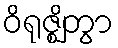
ဝိရုဇ္ဈိတွာ